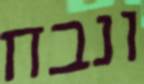
ונבח